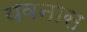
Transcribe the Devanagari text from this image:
यवनास